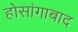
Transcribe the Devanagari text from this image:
होसांगाबाद